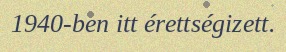
1940-ben itt érettségizett.